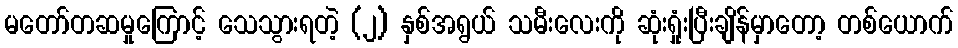
မတော်တဆမှုကြောင့် သေသွားရတဲ့ (၂) နှစ်အရွယ် သမီးလေးကို ဆုံးရှုံးပြီးချိန်မှာတော့ တစ်ယောက်